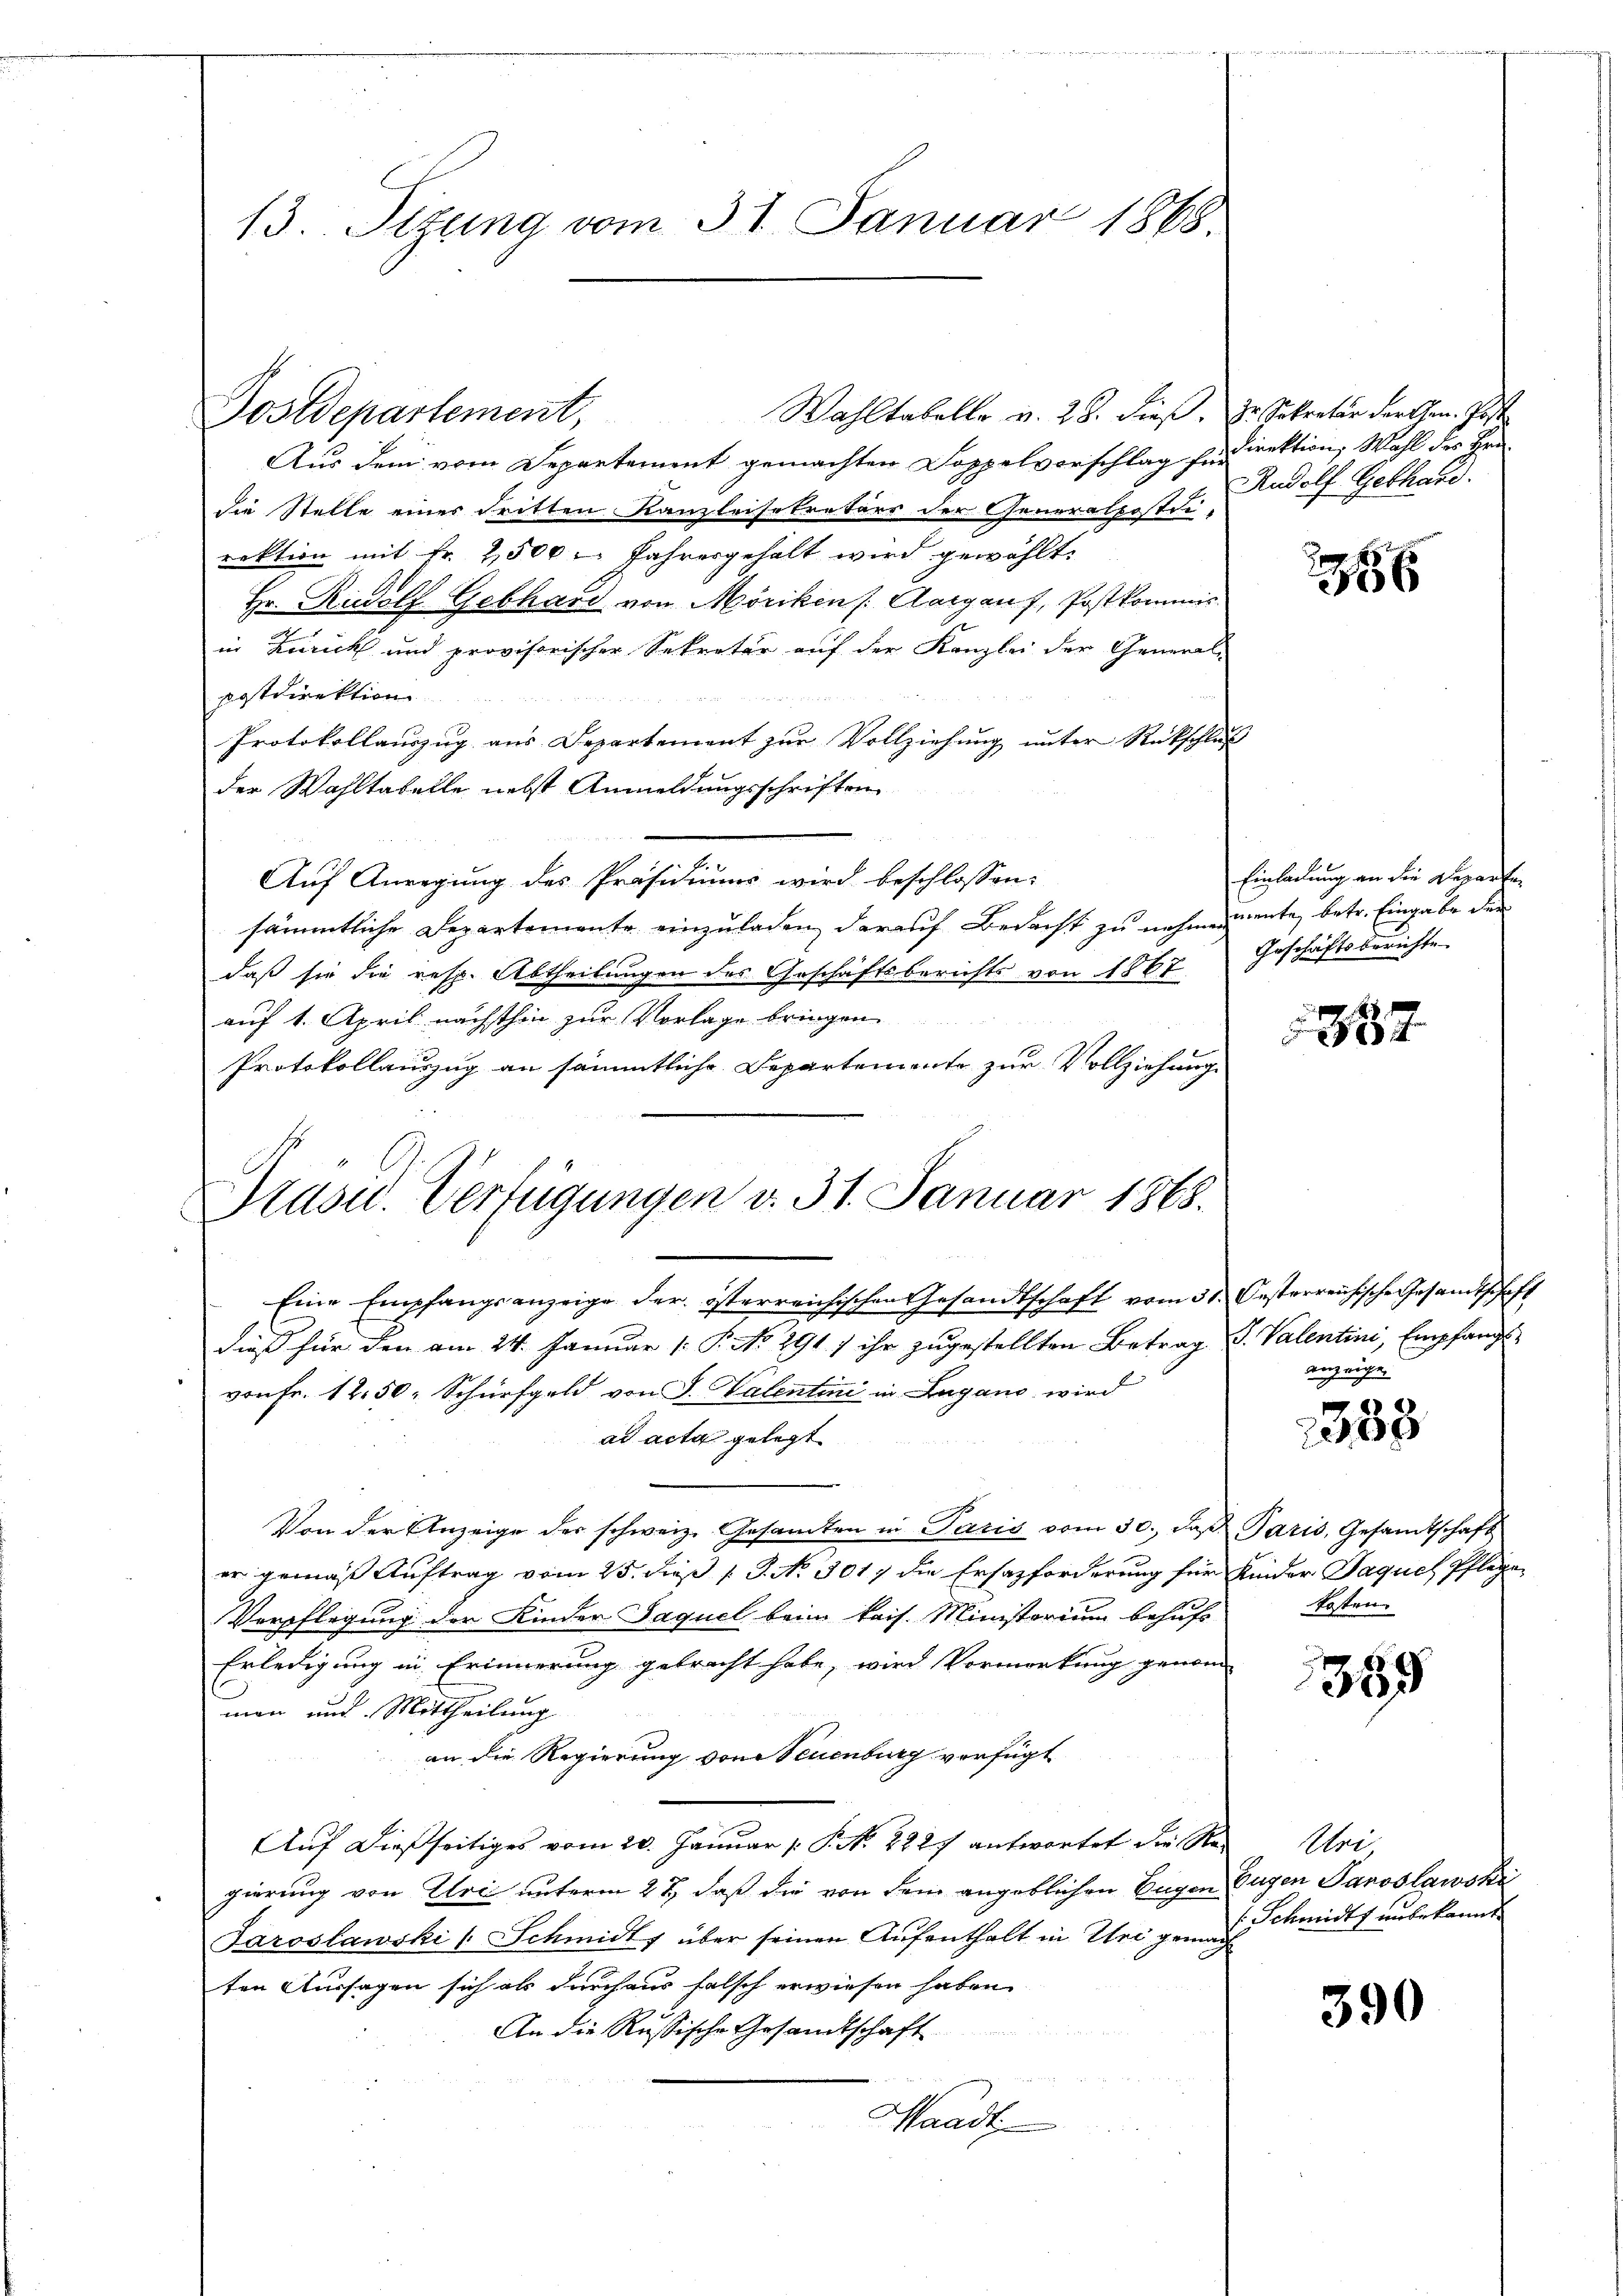
Postdepartement,

Präsid. Verfügungen v. 31. Januar 1863.

13. Sitzung vom 31. Januar 1868.

Wahltabelle v. 28. dieß. Dr. Sekretär der hrn. Post
Aus dem vom Separtement gemachten Doppelvorschlag findirektion, Wahl des Herdie Stelle eines dritten Kanzleisekretärs der Generalpostdi-
rektion mit Fr. 2500 Jahresgehalt wird gewählt,
Hr. Rudolf Gebhard von Möriken (Aargauf, Postkommis
in Zürich und provisorischer Sekretär auf der Kanzlei der General-
postdirektion

Protokollauszug aus Departement zur Vollziehung unter Rückschluß
der Wahltabelle nebst Anmeldungsschriften
Auf Anregung des Präsidiums wird beschlossen:
sämmtliche Departemente einzuladen, darauf Bedacht zu nehmenente, betr. Eingabe der
daß sie die resp. Abtheilungen des Geschäftsberichts von 1867 Geschäftsberichte
auf 1. April nächsthin zur Vorlage bringen.
Protokollauszug an sämmtliche Departemente zur Vollziehung

Rudolf Gebhard.

Eine Empfangsanzeige der österreichischen Gesandtschaft vom 31. Oesterreichische Gesandtschaft
dieß für den am 24. Januar [ P. No. 291. ) ihr zugestellten Betrag S. Valentini, Empfangs
von Fr. 1250. Schürfgeld von J. Valentini in Lugano wird
ad acta gelegt
Von der Anzeige der schweiz. Gesamten in Paris vom 30. daß Paris, Gesamtschaft
er gemäß Auftrag vom 25. dieß P. No 301 die Ersazforderung für Kinder Jaquel Pflege¬
Verpflegung der Kinder Jaquel beim kais. Ministerium behufs
Erledigung in Erinnerung gebracht habe, wird Vormerkung genom-
man und Mittheilung
an die Regierung von Neuenburg verfügt
Auf dießseitiges vom 20. Januar [ P. N. 222 antwortet die Na-
gierung von Uri unterm 27, daß die von dem angeblichen Eugen Eugen Panoslawski
Saroslawski (Schmidt, über seinen Aufenthalt in Uri gemach
ten Aussagen sich als durchaus falsch erwiesen haben.
An die Russische Gesandtschaft
Waadt

2x

Einladung an die Departen

87

anzeigen

383

kosten.

389

Uri,
Schmidts unbekannt.

390